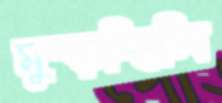
মুষ্‌ড়চ্ছিলি